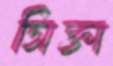
সিক্তা